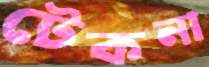
টেকনা